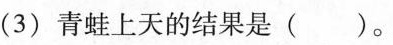
(3)青蛙上天的结果是（）。